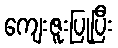
ကျေးဇူးပြုပြီး